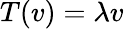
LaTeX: T(v)=\lambda v